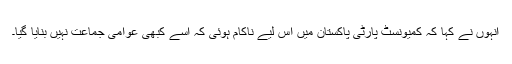
انہوں نے کہا کہ کمیونسٹ پارٹی پاکستان میں اس لیے ناکام ہوئی کہ اسے کبھی عوامی جماعت نہیں بنایا گیا۔